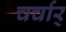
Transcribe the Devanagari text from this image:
चर्चार्